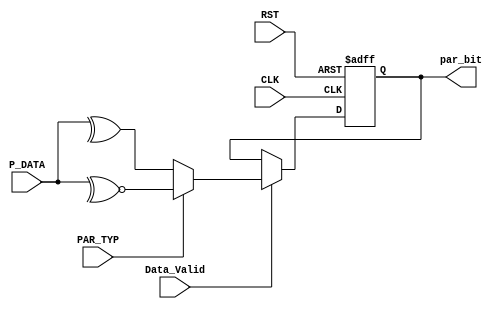
module Parity_Calc (
    input wire [7:0]    P_DATA,
    input wire  Data_Valid, PAR_TYP, CLK, RST,
    output reg par_bit
);

always @(posedge CLK or negedge RST) 
begin
    if(!RST)
    begin
        par_bit <= 1'b0;
    end
    else if (Data_Valid)
        begin
            if (PAR_TYP) 
                begin
                    par_bit <= (~^P_DATA);
                end
            else
                begin
                    par_bit <= ^P_DATA;
                end
        end
end
    
endmodule